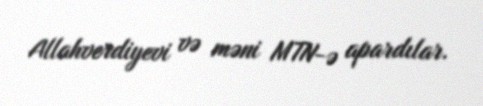
Allahverdiyevi və məni MTN-ə apardılar.